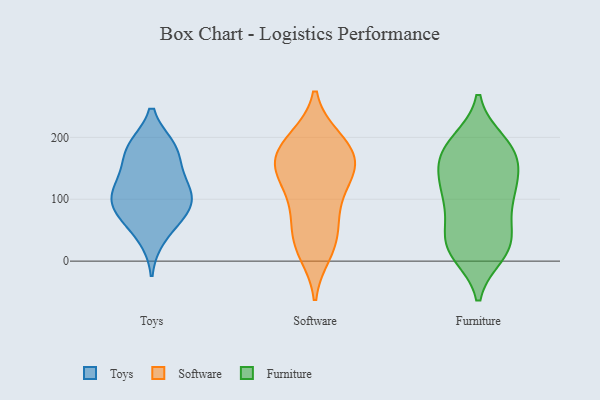
{"axis": {"x": "Demand Index", "y": "Value"}, "legend": ["Furniture", "Software", "Toys"], "data": [{"x": "", "y": 148, "type": "Toys"}, {"x": "", "y": 100, "type": "Toys"}, {"x": "", "y": 72, "type": "Toys"}, {"x": "", "y": 76, "type": "Toys"}, {"x": "", "y": 184, "type": "Toys"}, {"x": "", "y": 106, "type": "Toys"}, {"x": "", "y": 38, "type": "Toys"}, {"x": "", "y": 182, "type": "Toys"}, {"x": "", "y": 184, "type": "Toys"}, {"x": "", "y": 87, "type": "Toys"}, {"x": "", "y": 115, "type": "Toys"}, {"x": "", "y": 129, "type": "Toys"}, {"x": "", "y": 106, "type": "Software"}, {"x": "", "y": 198, "type": "Software"}, {"x": "", "y": 58, "type": "Software"}, {"x": "", "y": 149, "type": "Software"}, {"x": "", "y": 13, "type": "Software"}, {"x": "", "y": 141, "type": "Software"}, {"x": "", "y": 197, "type": "Software"}, {"x": "", "y": 20, "type": "Software"}, {"x": "", "y": 94, "type": "Software"}, {"x": "", "y": 159, "type": "Software"}, {"x": "", "y": 169, "type": "Software"}, {"x": "", "y": 31, "type": "Software"}, {"x": "", "y": 154, "type": "Software"}, {"x": "", "y": 195, "type": "Software"}, {"x": "", "y": 63, "type": "Software"}, {"x": "", "y": 133, "type": "Software"}, {"x": "", "y": 169, "type": "Software"}, {"x": "", "y": 107, "type": "Furniture"}, {"x": "", "y": 142, "type": "Furniture"}, {"x": "", "y": 193, "type": "Furniture"}, {"x": "", "y": 88, "type": "Furniture"}, {"x": "", "y": 186, "type": "Furniture"}, {"x": "", "y": 163, "type": "Furniture"}, {"x": "", "y": 12, "type": "Furniture"}, {"x": "", "y": 168, "type": "Furniture"}, {"x": "", "y": 22, "type": "Furniture"}, {"x": "", "y": 96, "type": "Furniture"}, {"x": "", "y": 178, "type": "Furniture"}, {"x": "", "y": 121, "type": "Furniture"}, {"x": "", "y": 19, "type": "Furniture"}, {"x": "", "y": 144, "type": "Furniture"}, {"x": "", "y": 116, "type": "Furniture"}, {"x": "", "y": 27, "type": "Furniture"}, {"x": "", "y": 19, "type": "Furniture"}, {"x": "", "y": 189, "type": "Furniture"}, {"x": "", "y": 59, "type": "Furniture"}, {"x": "", "y": 44, "type": "Furniture"}]}